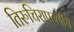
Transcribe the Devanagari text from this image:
तिरुचिरापल्लीचे